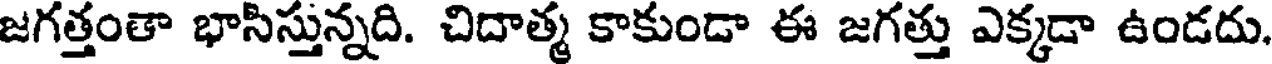
జగత్తంతా భాసిస్తున్నది. చిదాత్మ కాకుండా ఈ జగత్తు ఎక్కడా ఉండదు.